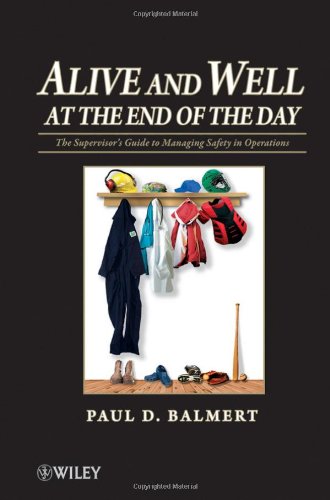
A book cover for Alive and Well at the End of the Day: The Supervisor's Guide to Managing Safety in Operations; Paul D. Balmert; Business & Money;